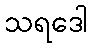
သရဒေါ